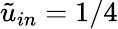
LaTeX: \tilde{u}_{in}=1/4